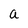
Character: a